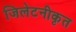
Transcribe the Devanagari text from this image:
जिलेटनीकृत